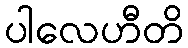
ပါလေဟီတိ